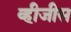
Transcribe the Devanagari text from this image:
व्हीजीस